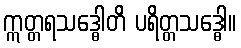
ဣတ္တရသဒ္ဓေါတိ ပရိတ္တသဒ္ဓေါ။